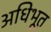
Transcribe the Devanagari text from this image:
अधिभूत